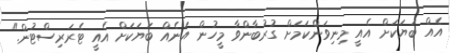
އެއް ބަޔަކަށް އެއީ މިނިވަންކަމަށް ގުރުބާންވާ މީހުން އަނެއް ބަޔަކަށް އެއީ ޓެރަރިސްޓުން."